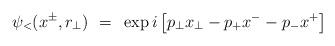
LaTeX: \begin{align*}\psi_<(x^{\pm}, r_{\perp})~=~\exp i \left[ p_{\perp} x_{\perp} - p_{+}x^{-} - p_{-}x^{+}\right ]\end{align*}